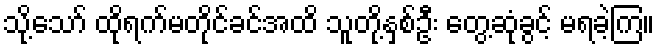
သို့သော် ထိုရက်မတိုင်ခင်အထိ သူတို့နှစ်ဦး တွေ့ဆုံခွင့် မရခဲ့ကြ။